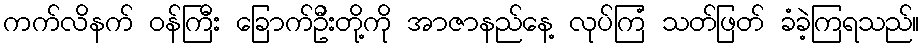
ကက်လိနက် ဝန်ကြီး ခြောက်ဦးတို့ကို အာဇာနည်နေ့ လုပ်ကြံ သတ်ဖြတ် ခံခဲ့ကြရသည်။